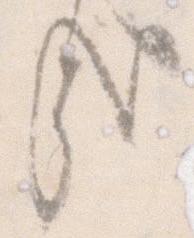
哉